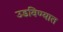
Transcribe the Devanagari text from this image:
उडविण्यात